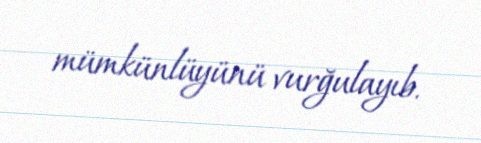
mümkünlüyünü vurğulayıb.